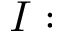
I :